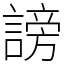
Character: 謗